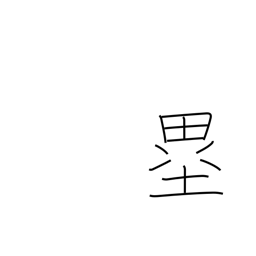
Meaning: bases